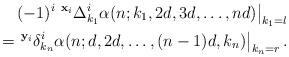
LaTeX: \begin{align*}\left. (-1)^{i} \,\, {^{\mathbf{x}_i} \Delta_{k_1}^{i}} \alpha(n;k_1,2d,3d,\ldots,n d) \right|_{k_1=l} \\= \left. {^{\mathbf{y}_i} \delta_{k_n}^{i}} \alpha(n;d,2d,\ldots,(n-1) d,k_n) \right|_{k_n=r}.\end{align*}